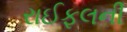
રાઈફલની